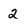
Character: 2